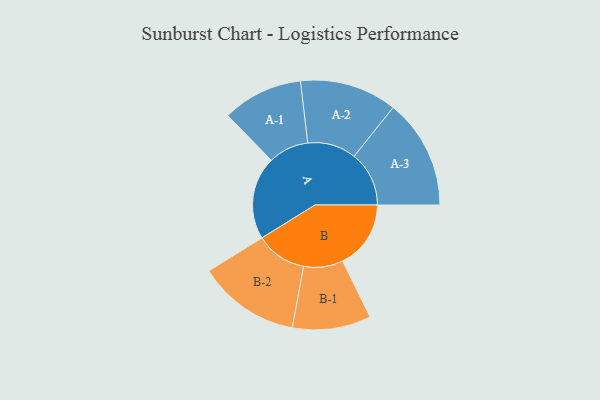
{"axis": {"x": "Segment", "y": "Value"}, "legend": ["", "A", "B"], "data": [{"x": "A", "y": 435, "type": ""}, {"x": "B", "y": 358, "type": ""}, {"x": "A-1", "y": 211, "type": "A"}, {"x": "A-2", "y": 255, "type": "A"}, {"x": "A-3", "y": 288, "type": "A"}, {"x": "B-1", "y": 206, "type": "B"}, {"x": "B-2", "y": 268, "type": "B"}]}